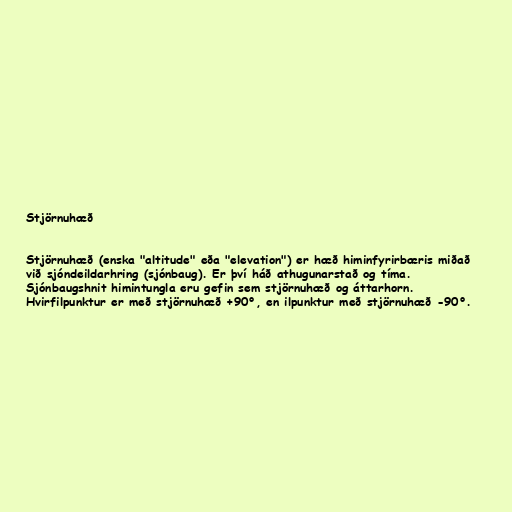
Stjörnuhæð

Stjörnuhæð (enska "altitude" eða "elevation") er hæð himinfyrirbæris miðað
við sjóndeildarhring (sjónbaug). Er því háð athugunarstað og tíma.
Sjónbaugshnit himintungla eru gefin sem stjörnuhæð og áttarhorn.
Hvirfilpunktur er með stjörnuhæð +90°, en ilpunktur með stjörnuhæð -90°.